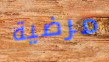
مرضية